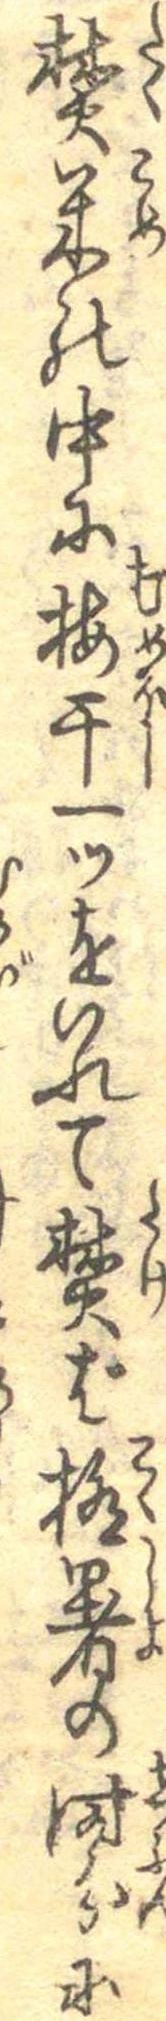
焚米の中に梅干一ツをいれて焚ば極暑の時分に